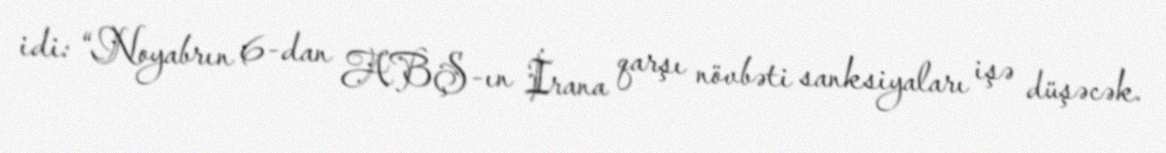
idi: “Noyabrın 6-dan ABŞ-ın İrana qarşı növbəti sanksiyaları işə düşəcək.